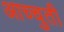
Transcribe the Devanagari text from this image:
आच्चुती